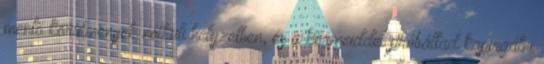
mentő körülmények nélküli helyzetben, és a körmeiddel próbáltad kapirgálni